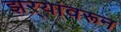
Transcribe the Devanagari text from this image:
झऱ्यांवरून